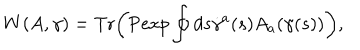
W ( A , \gamma ) = \mathrm { T r } \biggr ( \mathrm { P e x p } \oint d s \dot { \gamma } ^ { a } ( s ) A _ { a } ( \gamma ( s ) ) \biggr ) ,